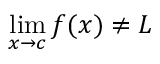
\operatorname* { l i m } _ { x \to c } f ( x ) \neq L